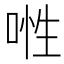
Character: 𠶞